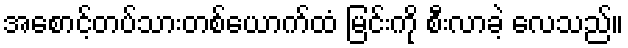
အစောင့်တပ်သားတစ်ယောက်ထံ မြင်းကို စီးလာခဲ့ လေသည်။